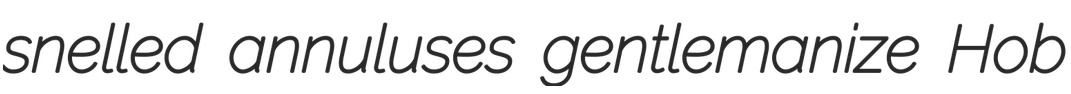
snelled annuluses gentlemanize Hob